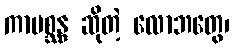
ကာမစ္ဆန္ဒ ဆိုတဲ့ လောဘတွေ၊